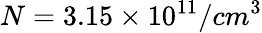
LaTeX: N=3.15\times 10^{11}/cm^{3}